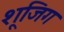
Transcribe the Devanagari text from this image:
शूजिग